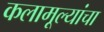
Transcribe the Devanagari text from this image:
कलामूल्यांचा